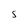
Character: S